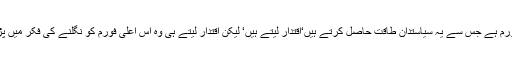
اسمبلی وہ فورم ہے جس سے یہ سیاستدان طاقت حاصل کرتے ہیں‘اقتدار لیتے ہیں‘ لیکن اقتدار لیتے ہی وہ اس اعلیٰ فورم کو نگلنے کی فکر میں پڑ جاتے ہیں۔